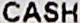
CASH